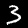
Digit: 3